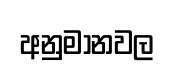
අනුමානවල